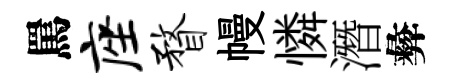
罵座瞀幔憐潛彜